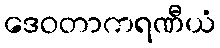
ဒေဝတာကရဏီယံ